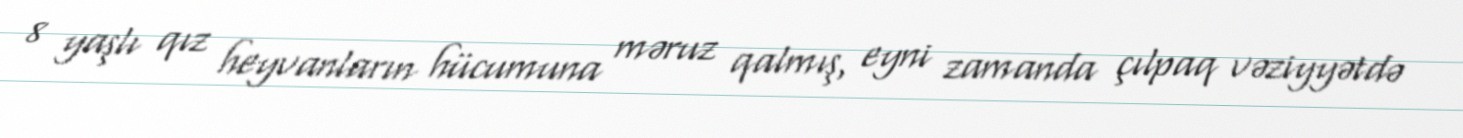
8 yaşlı qız heyvanların hücumuna məruz qalmış, eyni zamanda çılpaq vəziyyətdə